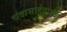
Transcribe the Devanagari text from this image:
चंदासाहेबाच्या